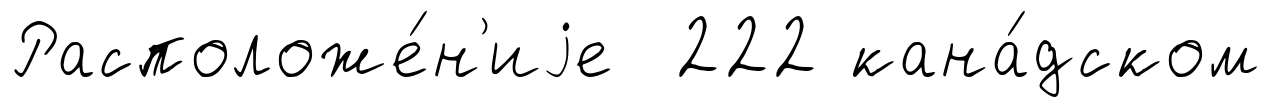
Расположе́н'иjе 222 кана́дском